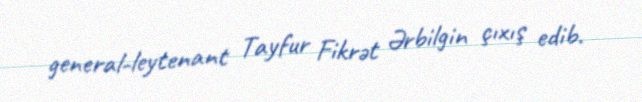
general-leytenant Tayfur Fikrət Ərbilgin çıxış edib.